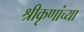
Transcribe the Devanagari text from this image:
श्रीकृणांच्या